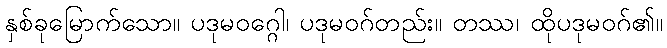
နှစ်ခုမြောက်သော။ ပဒုမဝဂ္ဂေါ၊ ပဒုမဝဂ်တည်း။ တဿ၊ ထိုပဒုမဝဂ်၏။